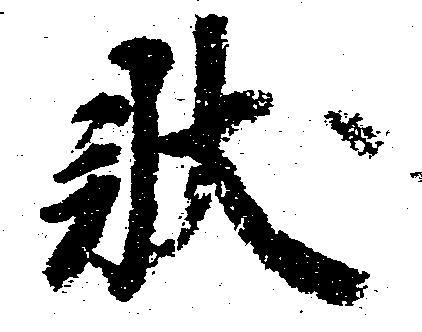
状